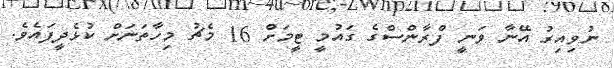
ނުވިއިރު އޭނާ ވަނީ ފްރާންސްގެ ގައުމީ ޓީމަށް 16 މެޗު މިހާތަނަށް ކުޅެދީފައެވެ.